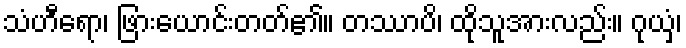
သံဟီရော၊ ဖြားယောင်းတတ်၏။ တဿာပိ၊ ထိုသူအားလည်း။ ဂုယှံ၊